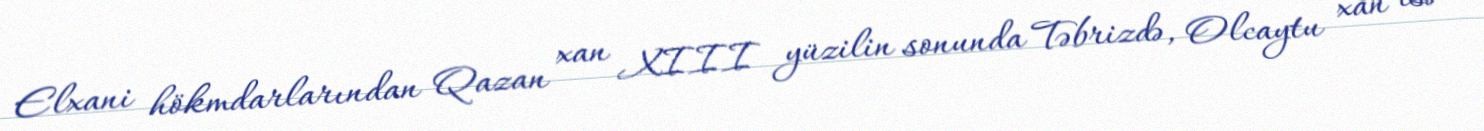
Elxani hökmdarlarından Qazan xan XIII yüzilin sonunda Təbrizdə, Olcaytu xan isə